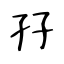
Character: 孖